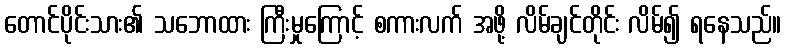
တောင်ပိုင်းသား၏ သဘောထား ကြီးမှုကြောင့် စကားလက် အဖို့ လိမ်ချင်တိုင်း လိမ်၍ ရနေသည်။